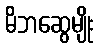
မိဘဆွေမျိုး